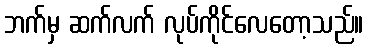
ဘက်မှ ဆက်လက် လုပ်ကိုင်လေတော့သည်။